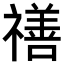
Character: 𥛶